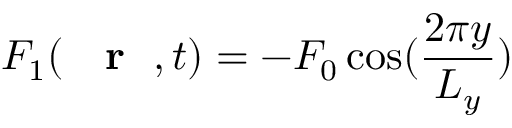
F _ { 1 } ( \mathrm { ~ { ~ \bf ~ r ~ } ~ } , t ) = - F _ { 0 } \cos ( \frac { 2 \pi y } { L _ { y } } )